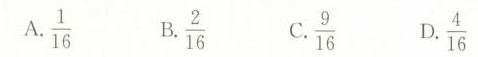
A \frac{2}{16} B \frac{1}{16} C \frac{4}{16} D \frac{9}{16}